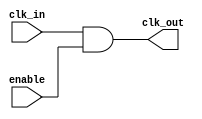
module clock_gating_cell (
    input wire clk_in,        // Input clock
    input wire enable,        // Enable signal
    output wire clk_out       // Gated clock output
);
    wire gated_clk;

    // AND gate to control the clock based on enable signal
    assign gated_clk = clk_in & enable;

    // Buffer to ensure proper clock distribution
    assign clk_out = gated_clk;

endmodule